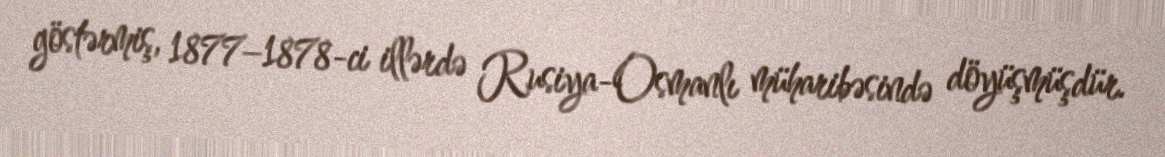
göstərmiş, 1877–1878-ci illərdə Rusiya-Osmanlı müharibəsində döyüşmüşdür.